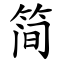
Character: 简